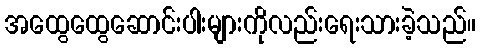
အထွေထွေဆောင်းပါးများကိုလည်းရေးသားခဲ့သည်။